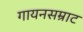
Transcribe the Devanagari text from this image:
गायनसम्राट